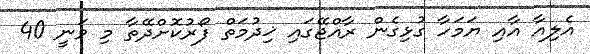
އެލިއާ އާއި ޔަމަހާ ގުޅިގެން ރާއްޖޭގައި ޚިދުމަތް ފޯރުކޮށްދޭތާ މި ވަނީ 40